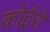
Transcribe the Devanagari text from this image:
कोईरो